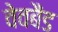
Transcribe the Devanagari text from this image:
वेवबैंड